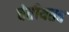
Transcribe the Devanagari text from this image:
चेतीयत्तव